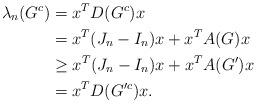
LaTeX: \begin{align*}\lambda_n(G^c)&=x^TD(G^c)x\\&= x^T(J_n-I_n)x+x^TA(G)x\\&\ge x^T(J_n-I_n)x+x^TA(G')x\\&=x^TD(G'^c)x.\end{align*}